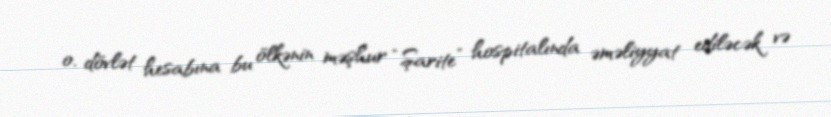
o, dövlət hesabına bu ölkənin məşhur “Şarite” hospitalında əməliyyat ediləcək və